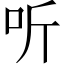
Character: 听